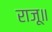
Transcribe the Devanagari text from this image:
राजू॥